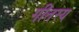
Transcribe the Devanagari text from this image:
गीतस्य